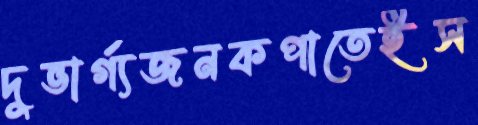
দুভার্গ্যজনকপাতেইস